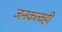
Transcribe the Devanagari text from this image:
जनकत्वही